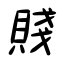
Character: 賤